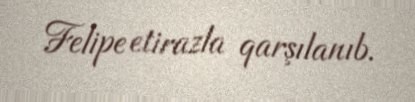
Felipe etirazla qarşılanıb.